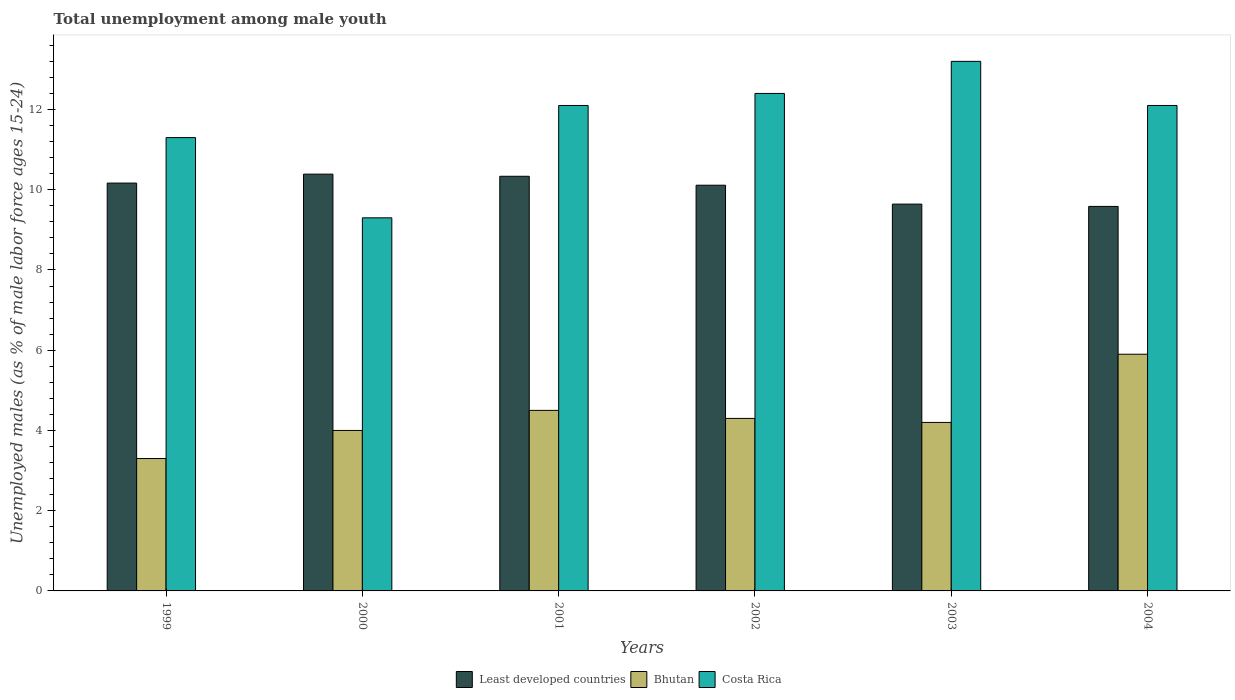
| Years | Least developed countries | Bhutan | Costa Rica |
 | --- | --- | --- | --- |
 | 1999 | 10.2 | 3.3 | 11.3 |
 | 2000 | 10.4 | 4 | 9.3 |
 | 2001 | 10.3 | 4.5 | 12.1 |
 | 2002 | 10.1 | 4.3 | 12.4 |
 | 2003 | 9.64 | 4.2 | 13.2 |
 | 2004 | 9.58 | 5.9 | 12.1 |